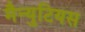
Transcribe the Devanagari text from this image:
मैन्युटियस